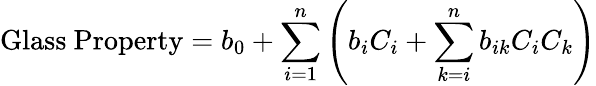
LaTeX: {\mathrm{Glass~Property}}=b_{0}+\sum_{i=1}^{n}\left(b_{i}C_{i}+\sum_{k=i}^{n}b_{ik}C_{i}C_{k}\right)